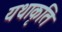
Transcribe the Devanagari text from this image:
यथाकृति